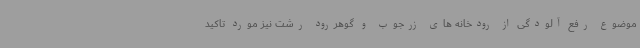
موضوع رفع آلودگی از رودخانه های زرجوب و گوهررود رشت نیز مورد تاکید